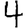
Digit: 4